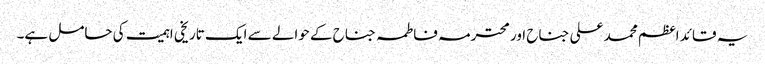
یہ قائد اعظم محمد علی جناح اور محترمہ فاطمہ جناح کے حوالے سے ایک تاریخی اہمیت کی حامل ہے۔